Annual report on the health of the army in India
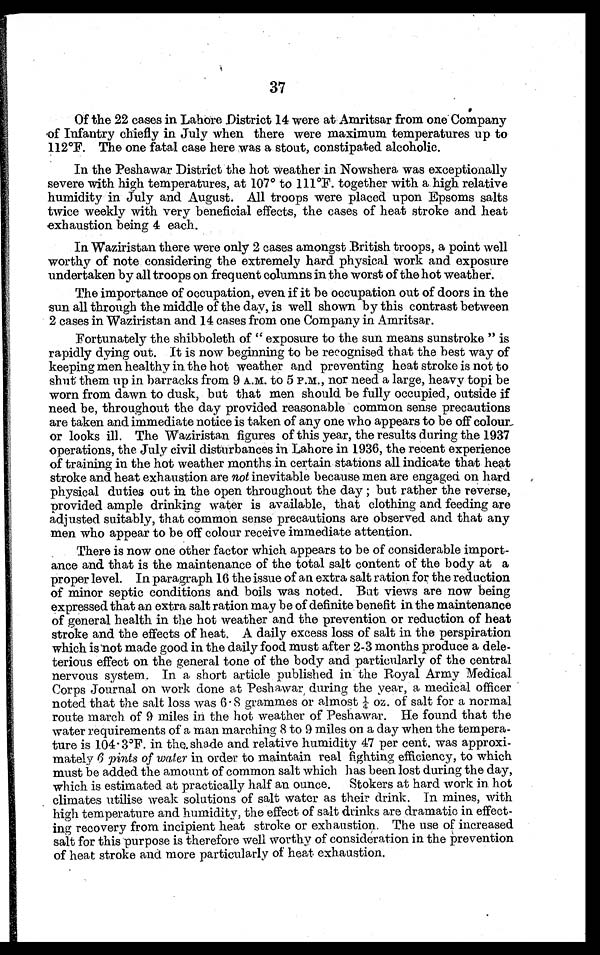
37
Of the 22 cases in Lahore District 14 were at Amritsar from one Company
of Infantry chiefly in July when there were maximum temperatures up to
112°F. The one fatal case here was a stout, constipated alcoholic.
In the Peshawar District the hot weather in Nowshera was exceptionally
severe with high temperatures, at 107° to 111°F. together with a high relative
humidity in July and August. All troops were placed upon Epsoms salts
twice weekly with very beneficial effects, the cases of heat stroke and heat
exhaustion being 4 each.
In Waziristan there were only 2 cases amongst British troops, a point well
worthy of note considering the extremely hard physical work and exposure
undertaken by all troops on frequent columns in the worst of the hot weather.
The importance of occupation, even if it be occupation out of doors in the
sun all through the middle of the day, is well shown by this contrast between
2 cases in Waziristan and 14 cases from one Company in Amritsar.
Fortunately the shibboleth of " exposure to the sun means sunstroke " is
rapidly dying out. It is now beginning to be recognised that the best way of
keeping men healthy in. the hot weather and preventing heat stroke is not to
shut them up in barracks from 9 A.M. to 5 P.M., nor need a large, heavy topi be
worn from dawn to dusk, but that men should be fully occupied, outside if
need be, throughout the day provided reasonable common sense precautions
are taken and immediate notice is taken of any one who appears to be off colour
or looks ill. The Waziristan figures of this year, the results during the 1937
operations, the July civil disturbances in Lahore in 1936, the recent experience
of training in the hot weather months in certain stations all indicate that heat
stroke and heat exhaustion are not inevitable because men are engaged on hard
physical duties out in the open throughout the day ; but rather the reverse,
provided ample drinking water is available, that clothing and feeding are
adjusted suitably, that common sense precautions are observed and that any
men who appear to be off colour receive immediate attention.
There is now one other factor which appears to be of considerable import-
ance and that is the maintenance of the total salt content of the body at a
proper level. In paragraph 16 the issue of an extra salt ration for the reduction
of minor septic conditions and boils was noted. Bat views are now being
expressed that an extra salt ration may be of definite benefit in the maintenance
of general health in the hot weather and the prevention or reduction of heat
stroke and the effects of heat. A daily excess loss of salt in the perspiration
which is not made good in the daily food must after 2-3 months produce a dele-
terious effect on the general tone of the body and particularly of the central
nervous system. In a short article published in the Royal Army Medical.
Corps Journal on work done at Peshawar, during the year, a medical officer
noted that the salt loss was 6.8 grammes or almost oz. of salt for a normal
route march. of 9 miles in the hot weather of Peshawar. He found that the
water requirements of a man marching 8 to 9 miles on a day when the tempera-
ture is 104.3°F. in the, shade and relative humidity 47 per cent, was approxi-
mately 6 pints of water in order to maintain real fighting efficiency, to which
must be added the amount of common salt which has been lost during the day,
which is estimated at practically half an ounce. Stokers at hard work in hot
climates utilise weak solutions of salt water as their drink. In mines, with
high temperature and humidity, the effect of salt drinks are dramatic in effect-
ing recovery from incipient heat stroke or exhaustion. The use of increased
salt for this purpose is therefore well worthy of consideration in the prevention
of heat stroke and more particularly of heat exhaustion.